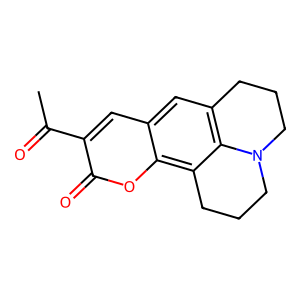
SMILES: CC(=O)c1cc2cc3c4c(c2oc1=O)CCCN4CCC3
Inhibits HIV replication: No